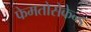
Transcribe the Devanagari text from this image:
फेमतोसेकेन्‍ड